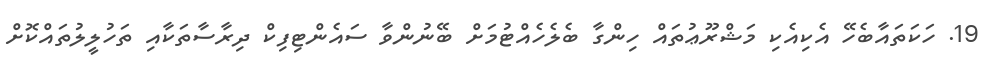
19. ހަކަތައާބެހޭ އެކިއެކި މަޝްރޫޢުތައް ހިންގާ ބެލެހެއްޓުމަށް ބޭނުންވާ ސައެންޓިފިކް ދިރާސާތަކާއި ތަހުލީލުތައްކޮށް